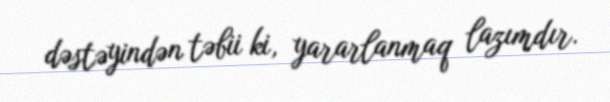
dəstəyindən təbii ki, yararlanmaq lazımdır.